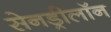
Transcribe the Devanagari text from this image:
सेनड्रीलॉन